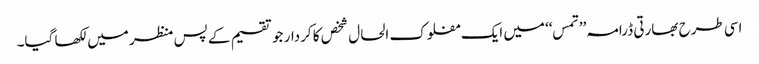
اسی طرح بھارتی ڈرامہ’’ تمس‘‘ میں ایک مفلوک الحال شخص کا کردار جو تقسیم کے پس منظر میں لکھا گیا۔